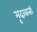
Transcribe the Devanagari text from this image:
मृदावासी